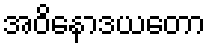
အဝိနောဒယတော